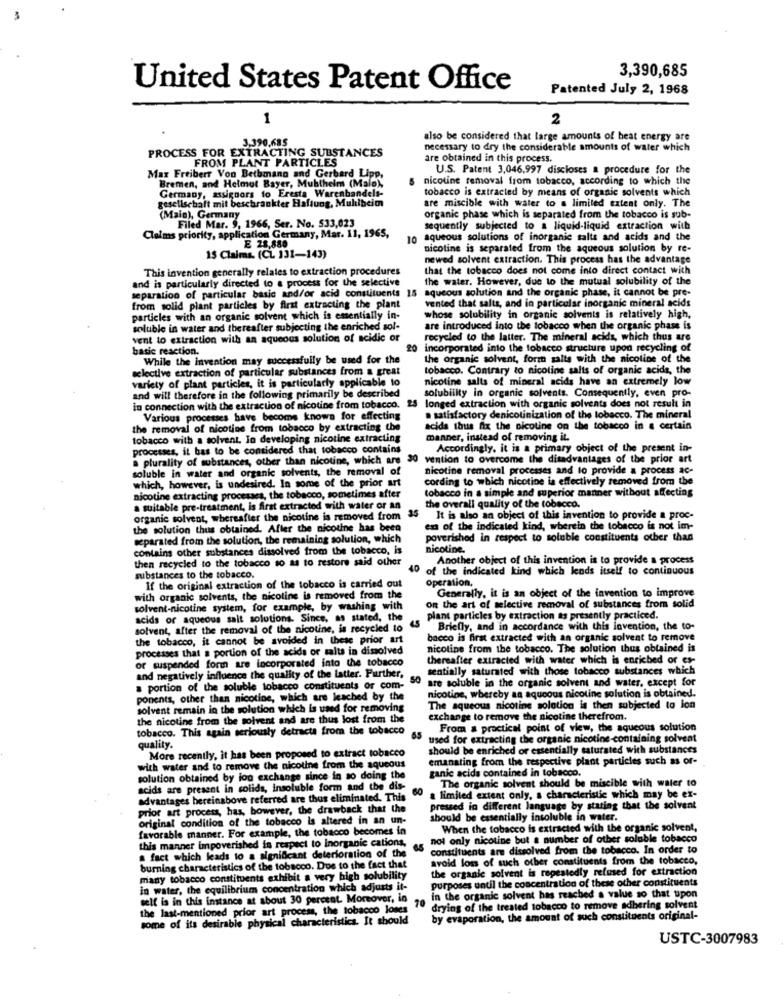
3,390,685
United States Patent Office
Patented July 2, 1968
1
2
3.390,685
also be considered that large amounts of beat energy are
PROCESS FOR EXTRACTING SUBSTANCES
necessary to dry the considerable amounts of water which
FROM PLANT PARTICLES
are obtained in this process.
U.S. Patent 3,046,997 discloses a procedure for the
Max Freiberr Von Bethmann and Gerbard Lipp,
Bremen, and Helmut Bayer, Mubthelm (Main),
nicotine removal from tobacco, according to which the
Germany, assignors to Eresta Warenhandels-
tobacco is extracted by means of organic solvents which
gesellschaft mit beschrankter Haftung, Mu
beim
are miscible with water to a limited extent only. The
(Main), Germany
Filed Mar. 9. 1966, Ser. No. 533,023
organic phase which is separated from the tobacco is sub-
sequently subjected to a liquid-liquid extraction with
Claims priority, application Germany, Mar. 11, 1965,
aqueous solutions of inorganic salts and acids and the
E 28,880
nicotine is separated from the aqueous solution by re-
15 Claims. (CL 131-143)
newed solvent extraction. This process has the advantage
This invention generally relates to extraction procedures
that the tobacco does not come into direct contact with
and is particularly directed to a process for the selective
the water. However, due to the mutual solubility of the
separation of particular basic and/or acid constituents 15 aqueous solution and the organic phase, it cannot be pre-
vented that salts, and in particular inorganic mineral acids
from solid plant particles by first extracting the plant
particles with an organic solvent which is essentially in-
whose solubility in organic solvents is relatively high,
soluble in water and thereafter subjecting the enriched sol-
are introduced into the tobacco when the organic phase is
vent to extraction with an aqueous solution of acidic or
recycled to the latter. The mineral acids, which thus are
basic reaction.
20 incorporated into the tobacco structure upon recycling of
While the invention may successfully be used for the
the organic solvent, form salts with the nicoline of the
selective extraction of particular substances from a great
tobacco. Contrary to nicoline salts of organic acids, the
variety of plant particles, it is particularly applicable to
nicotine salts of mineral acids have an extremely low
solubility in organic solvents. Consequently, even pro-
and will therefore in the following primarily be described
25
longed extraction with organic solvents does not result in
in connection with the extraction of nicotine from tobacco.
Various processes have become knows for effecting
a satisfactory denicotinization of the tobacco. The mineral
the removal of nicotine from tobacco by extracting the
acids thus fix the nicotine on the tobacco in a certain
tobacco with a solvent. In developing nicotine extracting
manner, instead of removing it.
processes, it bas to be considered that tobacco contains
Accordingly. it is a primary object of the present in-
a plurality of substances, other than nicotine, which are
vention to overcome the disadvantages of the prior art
soluble in water and organic solvents, the removal of
nicotine removal processes and to provide a process ac-
which, however, is undesired. In some of the prior art
cording to which nicotine is effectively removed from the
tobacco in a simple and superior manner without affecting
nicotine extracting processes, the tobacco, sometimes after
a suitable pre-treatment, is first extracted with water or an
the overall quality of the tobacco.
organic solvent, whereafter the nicotine is removed from
It is also an object of this invention to provide a proc-
the solution thus obtained. After the nicotine has been
ens of the indicated kind, wherein the tobacco is not im-
separated from the solution, the remaining solution, which
poverished in respect to soluble constituents other than
contains other substances dissolved from the tobacco, is
nicotine.
then recycled to the tobacco so as to restore said other
Another object of this invention is to provide a process
40
of the indicated kind which lends itself to continuous
substances to the tobacco.
Operation.
If the original extraction of the tobacco is carried out
Generally, it is an object of the invention to improve
with organic solvents, the nicotine is removed from the
solvent-nicotine system, for example, by washing with
on the art of selective removal of substances from solid
acids or aqueous salt solutions. Since, as stated, the
plant particles by extraction ts presently practiced.
solvent, after the removal of the nicotine, is recycled to
Briefly, and in accordance with this invention, the to-
the tobacco, it cannot be avoided in these prior art
bacco is first extracted with an organic solvent to remove
processes that a portion of the acids or salts in dissolved
nicotine from the tobacco. The solution thus obtained is
or suspended form are incorporated into the tobacco
thereafter extracted with water which is enriched or es-
sentially saturated with those tobacco substances which
and negatively influence the quality of the latter. Further,
are soluble in the organic solvent and water, except for
a portion of the soluble tobacco constituents or com-
nicotine, whereby aa aqueous nicotine solution is obtained.
ponents, other than nicotine, which are leached by the
solvent remain in the solution which is used for removing
The aqueous nicotine solotion is then subjected to lon
the nicotine from the solvent and are thus lost from the
exchange to remove the nicotine therefrom.
tobacco. This again seriously detract from the tobacco
From a practical point of view, the aqueous solution
65
used for extracting the organic nicotine-containing solvent
quality.
More recently, it has been proposed to extract tobacco
should be enriched or essentially saturated with substances
emanating from the respective plant particles such as of-
with water and to remove the nicotine from the aqueous
solution obtained by jon exchange since in so doing the
ganic acids contained in tobacco.
The organic solvent should be miscible with water to
acids are present in solids, Insoluble form and the dis-
60
advantages hereinabove referred are thus eliminated. This
a limited extent only, a characteristic which may be ex-
prior art process, has, however, the drawback that the
pressed in different language by stating that the solvent
original condition of the tobacco is altered in an un-
should be essentially insoluble in water.
favorable manner. For example, the tobacco becomes in
When the tobacco is extracted with the organic solvent,
this manner impoverished in respect to Inorganic cations,
not only nicotine but a number of other soluble tobacco
constituents are dissolved from the tobacco. In order to
a fact which leads to a significant
nifcant deterioration of the
avoid loss of such other constituents from the tobacco,
burning characteristics of the tobacco. Due to the fact that
the organic solvent is repeatedly refused for extraction
many tobacco constituents exhibit a very high solubility
purposes until the concentration of these other constituents
in water, the equilibrium concentration which adjusts it-
self is in this instance at about 30 percent. Moreover, in
in the organic solvent has reached a value so that upon
the last-mentioned prior art process, the tobacco lones
70
drying of the treated tobacco to remove adhering solvent
some of its desirable physical characteristics. It should
by evaporation, the amount of such constituents original-
USTC-3007983